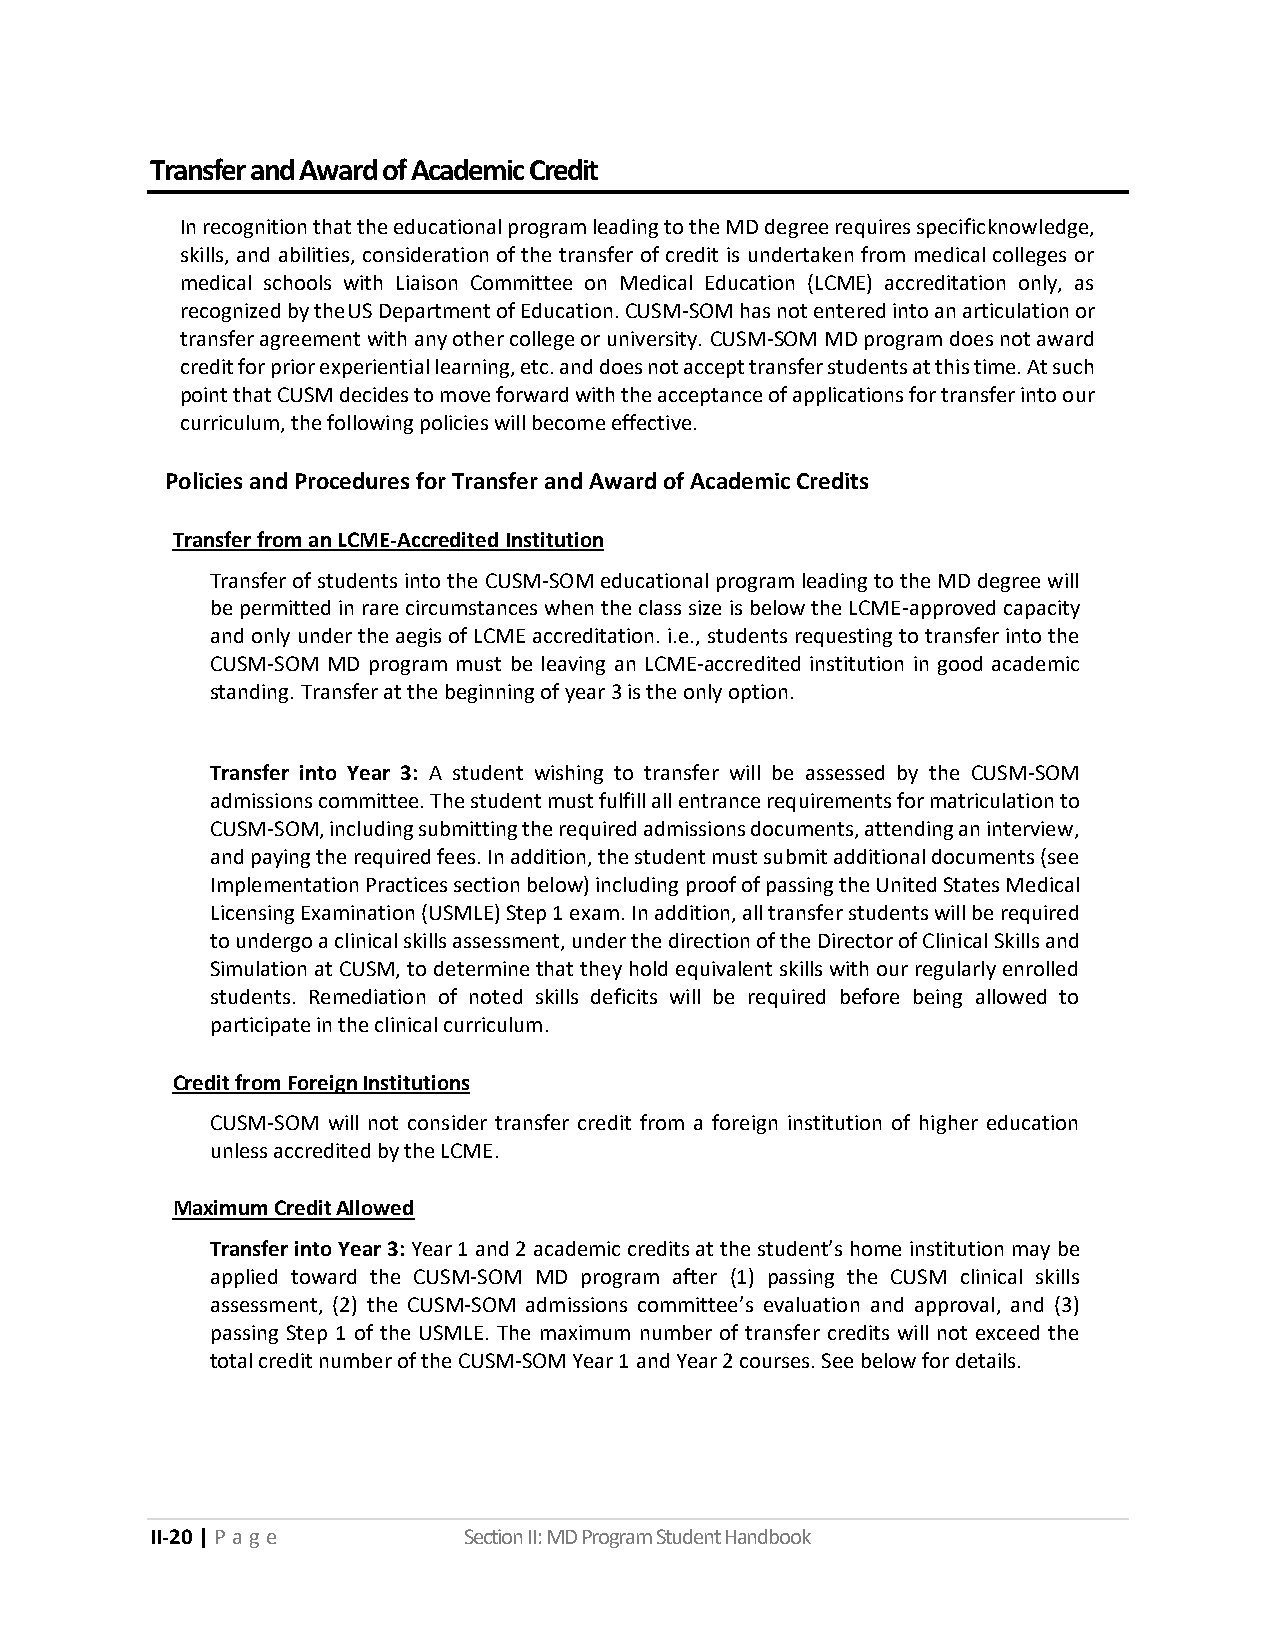
Transfer and Award of Academic Credit
 In recognition that the educational program leading to the MD degree requires specific knowledge,
 skills, and abilities, consideration of the transfer of credit is undertaken from medical colleges or
 medical schools with Liaison Committee on Medical Education (LCME) accreditation only, as
 recognized by the US Department of Education. CUSM-SOM has not entered into an articulation or
 transfer agreement with any other college or university. CUSM-SOM MD program does not award
 credit for prior experiential learning, etc. and does not accept transfer students at this time. At such
 point that CUSM decides to move forward with the acceptance of applications for transfer into our
 curriculum, the following policies will become effective.
 Policies and Procedures for Transfer and Award of Academic Credits
 Transfer from an LCME-Accredited Institution
 Transfer of students into the CUSM-SOM educational program leading to the MD degree will
 be permitted in rare circumstances when the class size is below the LCME-approved capacity
 and only under the aegis of LCME accreditation. i.e., students requesting to transfer into the
 CUSM-SOM MD program must be leaving an LCME-accredited institution in good academic
 standing. Transfer at the beginning of year 3 is the only option.
 Transfer into Year 3: A student wishing to transfer will be assessed by the CUSM-SOM
 admissions committee. The student must fulfill all entrance requirements for matriculation to
 CUSM-SOM, including submitting the required admissions documents, attending an interview,
 and paying the required fees. In addition, the student must submit additional documents (see
 Implementation Practices section below) including proof of passing the United States Medical
 Licensing Examination (USMLE) Step 1 exam. In addition, all transfer students will be required
 to undergo a clinical skills assessment, under the direction of the Director of Clinical Skills and
 Simulation at CUSM, to determine that they hold equivalent skills with our regularly enrolled
 students. Remediation of noted skills deficits will be required before being allowed to
 participate in the clinical curriculum.
 Credit from Foreign Institutions
 CUSM-SOM will not consider transfer credit from a foreign institution of higher education
 unless accredited by the LCME.
 Maximum Credit Allowed
 Transfer into Year 3: Year 1 and 2 academic credits at the student’s home institution may be
 applied toward the CUSM-SOM MD program after (1) passing the CUSM clinical skills
 assessment, (2) the CUSM-SOM admissions committee’s evaluation and approval, and (3)
 passing Step 1 of the USMLE. The maximum number of transfer credits will not exceed the
 total credit number of the CUSM-SOM Year 1 and Year 2 courses. See below for details.
 II-20 | P a g e      Section II: MD Program Student Handbook